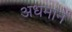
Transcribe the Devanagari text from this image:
अधमानें